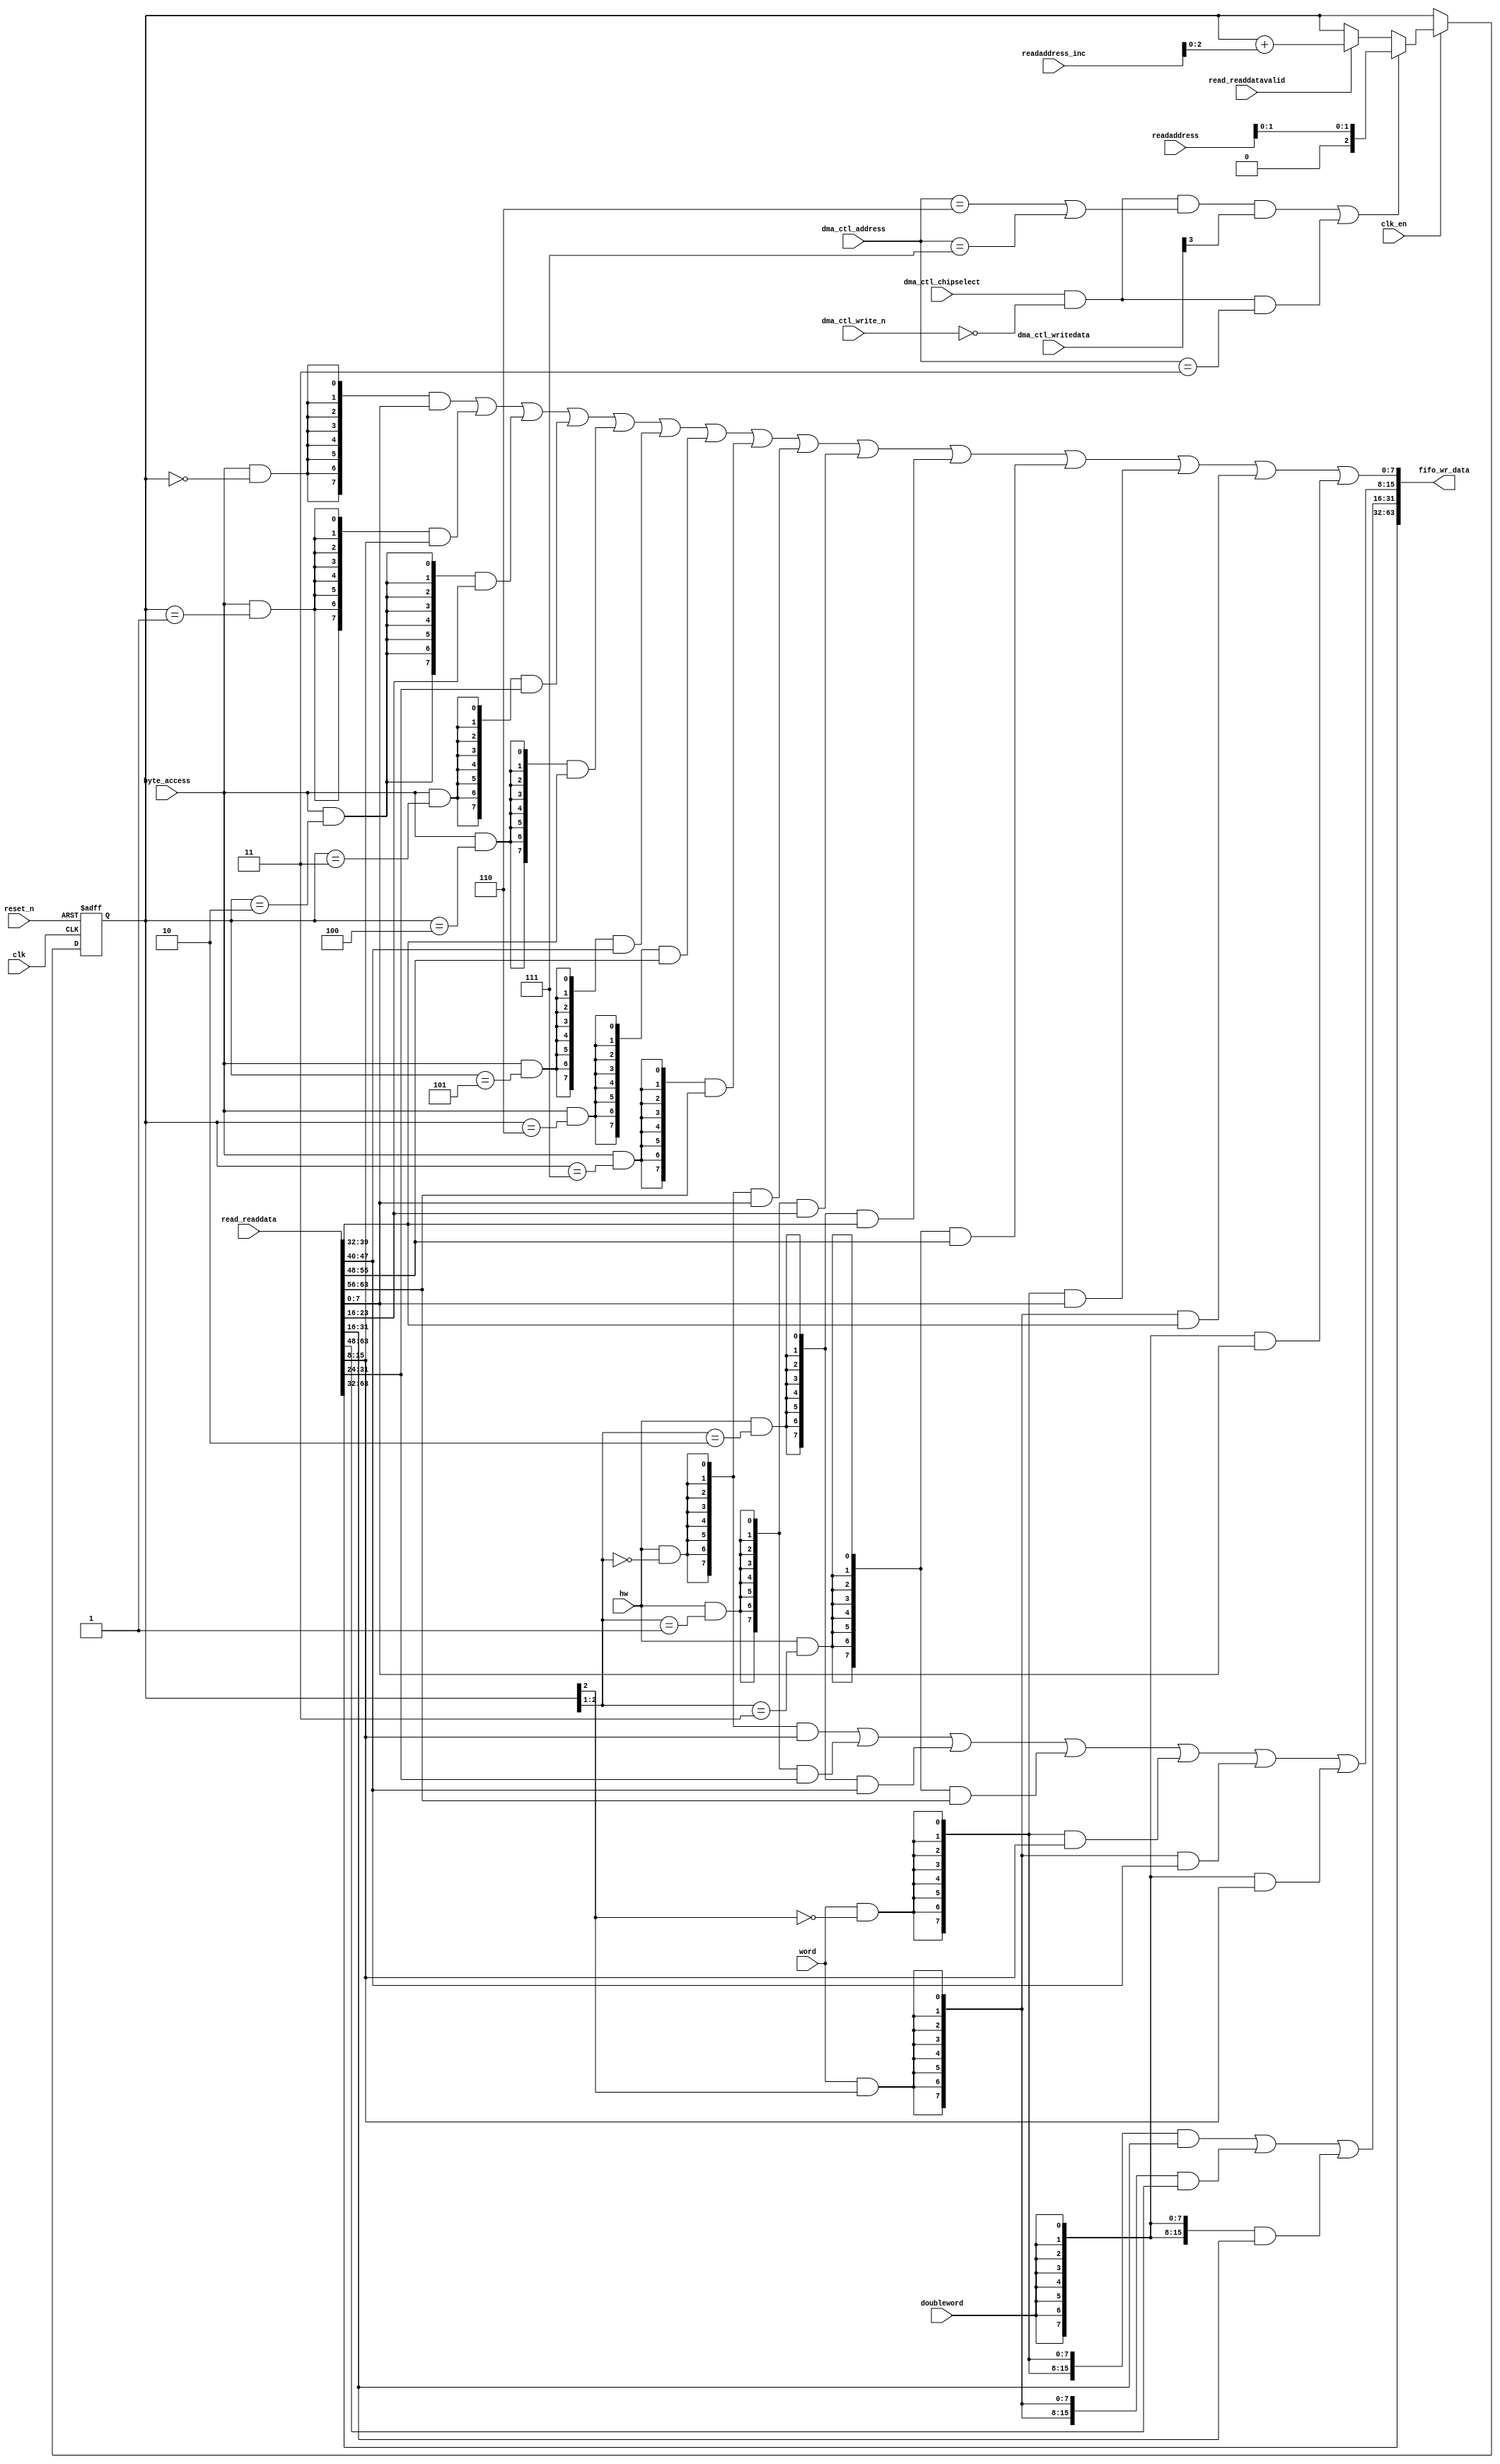
//Legal Notice: (C)2018 Altera Corporation. All rights reserved.  Your
//use of Altera Corporation's design tools, logic functions and other
//software and tools, and its AMPP partner logic functions, and any
//output files any of the foregoing (including device programming or
//simulation files), and any associated documentation or information are
//expressly subject to the terms and conditions of the Altera Program
//License Subscription Agreement or other applicable license agreement,
//including, without limitation, that your use is for the sole purpose
//of programming logic devices manufactured by Altera and sold by Altera
//or its authorized distributors.  Please refer to the applicable
//agreement for further details.

// synthesis translate_off
`timescale 1ns / 1ps
// synthesis translate_on

// turn off superfluous verilog processor warnings 
// altera message_level Level1 
// altera message_off 10034 10035 10036 10037 10230 10240 10030 

module ddr_dma_0_read_data_mux (
                                 // inputs:
                                  byte_access,
                                  clk,
                                  clk_en,
                                  dma_ctl_address,
                                  dma_ctl_chipselect,
                                  dma_ctl_write_n,
                                  dma_ctl_writedata,
                                  doubleword,
                                  hw,
                                  read_readdata,
                                  read_readdatavalid,
                                  readaddress,
                                  readaddress_inc,
                                  reset_n,
                                  word,

                                 // outputs:
                                  fifo_wr_data
                               )
;

  output  [ 63: 0] fifo_wr_data;
  input            byte_access;
  input            clk;
  input            clk_en;
  input   [  2: 0] dma_ctl_address;
  input            dma_ctl_chipselect;
  input            dma_ctl_write_n;
  input   [ 27: 0] dma_ctl_writedata;
  input            doubleword;
  input            hw;
  input   [ 63: 0] read_readdata;
  input            read_readdatavalid;
  input   [ 27: 0] readaddress;
  input   [  4: 0] readaddress_inc;
  input            reset_n;
  input            word;


wire             control_write;
wire    [ 63: 0] fifo_wr_data;
wire             length_write;
wire    [  2: 0] read_data_mux_input;
reg     [  2: 0] readdata_mux_select;
  assign control_write = dma_ctl_chipselect & ~dma_ctl_write_n & ((dma_ctl_address == 6) || (dma_ctl_address == 7));
  assign length_write = dma_ctl_chipselect & ~dma_ctl_write_n & (dma_ctl_address == 3);
  assign read_data_mux_input = ((control_write && dma_ctl_writedata[3] || length_write))? readaddress[1 : 0] :
    (read_readdatavalid)? (readdata_mux_select + readaddress_inc) :
    readdata_mux_select;

  // Reset value: the transaction size bits of the read address reset value.
  always @(posedge clk or negedge reset_n)
    begin
      if (reset_n == 0)
          readdata_mux_select <= 0;
      else if (clk_en)
          readdata_mux_select <= read_data_mux_input[2 : 0];
    end


  assign fifo_wr_data[63 : 32] = read_readdata[63 : 32];
  assign fifo_wr_data[31 : 16] = ({16 {(word & (readdata_mux_select[2] == 0))}} & read_readdata[31 : 16]) |
    ({16 {(word & (readdata_mux_select[2] == 1))}} & read_readdata[63 : 48]) |
    ({16 {doubleword}} & read_readdata[31 : 16]);

  assign fifo_wr_data[15 : 8] = ({8 {(hw & (readdata_mux_select[2 : 1] == 0))}} & read_readdata[15 : 8]) |
    ({8 {(hw & (readdata_mux_select[2 : 1] == 1))}} & read_readdata[31 : 24]) |
    ({8 {(hw & (readdata_mux_select[2 : 1] == 2))}} & read_readdata[47 : 40]) |
    ({8 {(hw & (readdata_mux_select[2 : 1] == 3))}} & read_readdata[63 : 56]) |
    ({8 {(word & (readdata_mux_select[2] == 0))}} & read_readdata[15 : 8]) |
    ({8 {(word & (readdata_mux_select[2] == 1))}} & read_readdata[47 : 40]) |
    ({8 {doubleword}} & read_readdata[15 : 8]);

  assign fifo_wr_data[7 : 0] = ({8 {(byte_access & (readdata_mux_select[2 : 0] == 0))}} & read_readdata[7 : 0]) |
    ({8 {(byte_access & (readdata_mux_select[2 : 0] == 1))}} & read_readdata[15 : 8]) |
    ({8 {(byte_access & (readdata_mux_select[2 : 0] == 2))}} & read_readdata[23 : 16]) |
    ({8 {(byte_access & (readdata_mux_select[2 : 0] == 3))}} & read_readdata[31 : 24]) |
    ({8 {(byte_access & (readdata_mux_select[2 : 0] == 4))}} & read_readdata[39 : 32]) |
    ({8 {(byte_access & (readdata_mux_select[2 : 0] == 5))}} & read_readdata[47 : 40]) |
    ({8 {(byte_access & (readdata_mux_select[2 : 0] == 6))}} & read_readdata[55 : 48]) |
    ({8 {(byte_access & (readdata_mux_select[2 : 0] == 7))}} & read_readdata[63 : 56]) |
    ({8 {(hw & (readdata_mux_select[2 : 1] == 0))}} & read_readdata[7 : 0]) |
    ({8 {(hw & (readdata_mux_select[2 : 1] == 1))}} & read_readdata[23 : 16]) |
    ({8 {(hw & (readdata_mux_select[2 : 1] == 2))}} & read_readdata[39 : 32]) |
    ({8 {(hw & (readdata_mux_select[2 : 1] == 3))}} & read_readdata[55 : 48]) |
    ({8 {(word & (readdata_mux_select[2] == 0))}} & read_readdata[7 : 0]) |
    ({8 {(word & (readdata_mux_select[2] == 1))}} & read_readdata[39 : 32]) |
    ({8 {doubleword}} & read_readdata[7 : 0]);


endmodule


// synthesis translate_off
`timescale 1ns / 1ps
// synthesis translate_on

// turn off superfluous verilog processor warnings 
// altera message_level Level1 
// altera message_off 10034 10035 10036 10037 10230 10240 10030 

module ddr_dma_0_byteenables (
                               // inputs:
                                byte_access,
                                doubleword,
                                hw,
                                word,
                                write_address,

                               // outputs:
                                write_byteenable
                             )
;

  output  [  7: 0] write_byteenable;
  input            byte_access;
  input            doubleword;
  input            hw;
  input            word;
  input   [ 26: 0] write_address;


wire             wa_2_is_0;
wire             wa_2_is_1;
wire             wa_2_to_0_is_0;
wire             wa_2_to_0_is_1;
wire             wa_2_to_0_is_2;
wire             wa_2_to_0_is_3;
wire             wa_2_to_0_is_4;
wire             wa_2_to_0_is_5;
wire             wa_2_to_0_is_6;
wire             wa_2_to_0_is_7;
wire             wa_2_to_1_is_0;
wire             wa_2_to_1_is_1;
wire             wa_2_to_1_is_2;
wire             wa_2_to_1_is_3;
wire    [  7: 0] write_byteenable;
  assign wa_2_to_0_is_7 = write_address[2 : 0] == 3'h7;
  assign wa_2_to_0_is_6 = write_address[2 : 0] == 3'h6;
  assign wa_2_to_0_is_5 = write_address[2 : 0] == 3'h5;
  assign wa_2_to_0_is_4 = write_address[2 : 0] == 3'h4;
  assign wa_2_to_0_is_3 = write_address[2 : 0] == 3'h3;
  assign wa_2_to_0_is_2 = write_address[2 : 0] == 3'h2;
  assign wa_2_to_0_is_1 = write_address[2 : 0] == 3'h1;
  assign wa_2_to_0_is_0 = write_address[2 : 0] == 3'h0;
  assign wa_2_to_1_is_3 = write_address[2 : 1] == 2'h3;
  assign wa_2_to_1_is_2 = write_address[2 : 1] == 2'h2;
  assign wa_2_to_1_is_1 = write_address[2 : 1] == 2'h1;
  assign wa_2_to_1_is_0 = write_address[2 : 1] == 2'h0;
  assign wa_2_is_1 = write_address[2] == 1'h1;
  assign wa_2_is_0 = write_address[2] == 1'h0;
  assign write_byteenable = ({8 {byte_access}} & {wa_2_to_0_is_7, wa_2_to_0_is_6, wa_2_to_0_is_5, wa_2_to_0_is_4, wa_2_to_0_is_3, wa_2_to_0_is_2, wa_2_to_0_is_1, wa_2_to_0_is_0}) |
    ({8 {hw}} & {wa_2_to_1_is_3, wa_2_to_1_is_3, wa_2_to_1_is_2, wa_2_to_1_is_2, wa_2_to_1_is_1, wa_2_to_1_is_1, wa_2_to_1_is_0, wa_2_to_1_is_0}) |
    ({8 {word}} & {wa_2_is_1, wa_2_is_1, wa_2_is_1, wa_2_is_1, wa_2_is_0, wa_2_is_0, wa_2_is_0, wa_2_is_0}) |
    ({8 {doubleword}} & 8'b11111111);


endmodule


// synthesis translate_off
`timescale 1ns / 1ps
// synthesis translate_on

// turn off superfluous verilog processor warnings 
// altera message_level Level1 
// altera message_off 10034 10035 10036 10037 10230 10240 10030 

module ddr_dma_0_fifo_module_fifo_ram_module (
                                               // inputs:
                                                clk,
                                                data,
                                                rdaddress,
                                                rdclken,
                                                reset_n,
                                                wraddress,
                                                wrclock,
                                                wren,

                                               // outputs:
                                                q
                                             )
;

  output  [ 63: 0] q;
  input            clk;
  input   [ 63: 0] data;
  input   [  6: 0] rdaddress;
  input            rdclken;
  input            reset_n;
  input   [  6: 0] wraddress;
  input            wrclock;
  input            wren;


reg     [ 63: 0] mem_array [127: 0];
wire    [ 63: 0] q;
reg     [  6: 0] read_address;

//synthesis translate_off
//////////////// SIMULATION-ONLY CONTENTS
  always @(posedge clk or negedge reset_n)
    begin
      if (reset_n == 0)
          read_address <= 0;
      else if (rdclken)
          read_address <= rdaddress;
    end


  // Data read is synchronized through latent_rdaddress.
  assign q = mem_array[read_address];

  always @(posedge wrclock)
    begin
      // Write data
      if (wren)
          mem_array[wraddress] <= data;
    end



//////////////// END SIMULATION-ONLY CONTENTS

//synthesis translate_on
//synthesis read_comments_as_HDL on
//  always @(rdaddress)
//    begin
//      read_address = rdaddress;
//    end
//
//
//  lpm_ram_dp lpm_ram_dp_component
//    (
//      .data (data),
//      .q (q),
//      .rdaddress (read_address),
//      .rdclken (rdclken),
//      .rdclock (clk),
//      .wraddress (wraddress),
//      .wrclock (wrclock),
//      .wren (wren)
//    );
//
//  defparam lpm_ram_dp_component.lpm_file = "UNUSED",
//           lpm_ram_dp_component.lpm_hint = "USE_EAB=ON",
//           lpm_ram_dp_component.lpm_indata = "REGISTERED",
//           lpm_ram_dp_component.lpm_outdata = "UNREGISTERED",
//           lpm_ram_dp_component.lpm_rdaddress_control = "REGISTERED",
//           lpm_ram_dp_component.lpm_width = 64,
//           lpm_ram_dp_component.lpm_widthad = 7,
//           lpm_ram_dp_component.lpm_wraddress_control = "REGISTERED",
//           lpm_ram_dp_component.suppress_memory_conversion_warnings = "ON";
//
//synthesis read_comments_as_HDL off

endmodule


// synthesis translate_off
`timescale 1ns / 1ps
// synthesis translate_on

// turn off superfluous verilog processor warnings 
// altera message_level Level1 
// altera message_off 10034 10035 10036 10037 10230 10240 10030 

module ddr_dma_0_fifo_module (
                               // inputs:
                                clk,
                                clk_en,
                                fifo_read,
                                fifo_wr_data,
                                fifo_write,
                                flush_fifo,
                                inc_pending_data,
                                reset_n,

                               // outputs:
                                fifo_datavalid,
                                fifo_empty,
                                fifo_rd_data,
                                p1_fifo_full
                             )
;

  output           fifo_datavalid;
  output           fifo_empty;
  output  [ 63: 0] fifo_rd_data;
  output           p1_fifo_full;
  input            clk;
  input            clk_en;
  input            fifo_read;
  input   [ 63: 0] fifo_wr_data;
  input            fifo_write;
  input            flush_fifo;
  input            inc_pending_data;
  input            reset_n;


wire    [  6: 0] estimated_rdaddress;
reg     [  6: 0] estimated_wraddress;
wire             fifo_datavalid;
wire             fifo_dec;
reg              fifo_empty;
reg              fifo_full;
wire             fifo_inc;
wire    [ 63: 0] fifo_ram_q;
wire    [ 63: 0] fifo_rd_data;
reg              last_write_collision;
reg     [ 63: 0] last_write_data;
wire    [  6: 0] p1_estimated_wraddress;
wire             p1_fifo_empty;
wire             p1_fifo_full;
wire    [  6: 0] p1_wraddress;
wire    [  6: 0] rdaddress;
reg     [  6: 0] rdaddress_reg;
reg     [  6: 0] wraddress;
wire             write_collision;
  assign p1_wraddress = (fifo_write)? wraddress - 1 :
    wraddress;

  always @(posedge clk or negedge reset_n)
    begin
      if (reset_n == 0)
          wraddress <= 0;
      else if (clk_en)
          if (flush_fifo)
              wraddress <= 0;
          else 
            wraddress <= p1_wraddress;
    end


  assign rdaddress = flush_fifo ? 0 : fifo_read ? (rdaddress_reg - 1) : rdaddress_reg;
  always @(posedge clk or negedge reset_n)
    begin
      if (reset_n == 0)
          rdaddress_reg <= 0;
      else 
        rdaddress_reg <= rdaddress;
    end


  assign fifo_datavalid = ~fifo_empty;
  assign fifo_inc = fifo_write & ~fifo_read;
  assign fifo_dec = fifo_read & ~fifo_write;
  assign estimated_rdaddress = rdaddress_reg - 1;
  assign p1_estimated_wraddress = (inc_pending_data)? estimated_wraddress - 1 :
    estimated_wraddress;

  always @(posedge clk or negedge reset_n)
    begin
      if (reset_n == 0)
          estimated_wraddress <= {7 {1'b1}};
      else if (clk_en)
          if (flush_fifo)
              estimated_wraddress <= {7 {1'b1}};
          else 
            estimated_wraddress <= p1_estimated_wraddress;
    end


  assign p1_fifo_empty = flush_fifo  | ((~fifo_inc & fifo_empty) | (fifo_dec & (wraddress == estimated_rdaddress)));
  always @(posedge clk or negedge reset_n)
    begin
      if (reset_n == 0)
          fifo_empty <= 1;
      else if (clk_en)
          fifo_empty <= p1_fifo_empty;
    end


  assign p1_fifo_full = ~flush_fifo & ((~fifo_dec & fifo_full)  | (inc_pending_data & (estimated_wraddress == rdaddress)));
  always @(posedge clk or negedge reset_n)
    begin
      if (reset_n == 0)
          fifo_full <= 0;
      else if (clk_en)
          fifo_full <= p1_fifo_full;
    end


  assign write_collision = fifo_write && (wraddress == rdaddress);
  always @(posedge clk or negedge reset_n)
    begin
      if (reset_n == 0)
          last_write_data <= 0;
      else if (write_collision)
          last_write_data <= fifo_wr_data;
    end


  always @(posedge clk or negedge reset_n)
    begin
      if (reset_n == 0)
          last_write_collision <= 0;
      else if (write_collision)
          last_write_collision <= -1;
      else if (fifo_read)
          last_write_collision <= 0;
    end


  assign fifo_rd_data = last_write_collision ? last_write_data : fifo_ram_q;
  //ddr_dma_0_fifo_module_fifo_ram, which is an e_ram
  ddr_dma_0_fifo_module_fifo_ram_module ddr_dma_0_fifo_module_fifo_ram
    (
      .clk       (clk),
      .data      (fifo_wr_data),
      .q         (fifo_ram_q),
      .rdaddress (rdaddress),
      .rdclken   (1'b1),
      .reset_n   (reset_n),
      .wraddress (wraddress),
      .wrclock   (clk),
      .wren      (fifo_write)
    );


endmodule


// synthesis translate_off
`timescale 1ns / 1ps
// synthesis translate_on

// turn off superfluous verilog processor warnings 
// altera message_level Level1 
// altera message_off 10034 10035 10036 10037 10230 10240 10030 

module ddr_dma_0_mem_read (
                            // inputs:
                             clk,
                             clk_en,
                             go,
                             p1_done_read,
                             p1_fifo_full,
                             read_waitrequest,
                             reset_n,

                            // outputs:
                             inc_read,
                             mem_read_n
                          )
;

  output           inc_read;
  output           mem_read_n;
  input            clk;
  input            clk_en;
  input            go;
  input            p1_done_read;
  input            p1_fifo_full;
  input            read_waitrequest;
  input            reset_n;


reg              ddr_dma_0_mem_read_access;
reg              ddr_dma_0_mem_read_idle;
wire             inc_read;
wire             mem_read_n;
wire             p1_read_select;
reg              read_select;
  assign mem_read_n = ~read_select;
  always @(posedge clk or negedge reset_n)
    begin
      if (reset_n == 0)
          read_select <= 0;
      else if (clk_en)
          read_select <= p1_read_select;
    end


  assign inc_read = read_select & ~read_waitrequest;
  // Transitions into state 'idle'.
  always @(posedge clk or negedge reset_n)
    begin
      if (reset_n == 0)
          ddr_dma_0_mem_read_idle <= 1;
      else if (clk_en)
          ddr_dma_0_mem_read_idle <= ((ddr_dma_0_mem_read_idle == 1) & (go == 0)) |
                    ((ddr_dma_0_mem_read_idle == 1) & (p1_done_read == 1)) |
                    ((ddr_dma_0_mem_read_idle == 1) & (p1_fifo_full == 1)) |
                    ((ddr_dma_0_mem_read_access == 1) & (p1_fifo_full == 1) & (read_waitrequest == 0)) |
                    ((ddr_dma_0_mem_read_access == 1) & (p1_done_read == 1) & (read_waitrequest == 0));

    end


  // Transitions into state 'access'.
  always @(posedge clk or negedge reset_n)
    begin
      if (reset_n == 0)
          ddr_dma_0_mem_read_access <= 0;
      else if (clk_en)
          ddr_dma_0_mem_read_access <= ((ddr_dma_0_mem_read_idle == 1) & (p1_fifo_full == 0) & (p1_done_read == 0) & (go == 1)) |
                    ((ddr_dma_0_mem_read_access == 1) & (read_waitrequest == 1)) |
                    ((ddr_dma_0_mem_read_access == 1) & (p1_fifo_full == 0) & (p1_done_read == 0) & (read_waitrequest == 0));

    end


  assign p1_read_select = ({1 {((ddr_dma_0_mem_read_access && (read_waitrequest == 1)))}} & 1) |
    ({1 {((ddr_dma_0_mem_read_access && (p1_done_read == 0) && (p1_fifo_full == 0) && (read_waitrequest == 0)))}} & 1) |
    ({1 {((ddr_dma_0_mem_read_idle && (go == 1) && (p1_done_read == 0) && (p1_fifo_full == 0)))}} & 1);


endmodule


// synthesis translate_off
`timescale 1ns / 1ps
// synthesis translate_on

// turn off superfluous verilog processor warnings 
// altera message_level Level1 
// altera message_off 10034 10035 10036 10037 10230 10240 10030 

module ddr_dma_0_mem_write (
                             // inputs:
                              d1_enabled_write_endofpacket,
                              fifo_datavalid,
                              write_waitrequest,

                             // outputs:
                              fifo_read,
                              inc_write,
                              mem_write_n,
                              write_select
                           )
;

  output           fifo_read;
  output           inc_write;
  output           mem_write_n;
  output           write_select;
  input            d1_enabled_write_endofpacket;
  input            fifo_datavalid;
  input            write_waitrequest;


wire             fifo_read;
wire             inc_write;
wire             mem_write_n;
wire             write_select;
  assign write_select = fifo_datavalid & ~d1_enabled_write_endofpacket;
  assign mem_write_n = ~write_select;
  assign fifo_read = write_select & ~write_waitrequest;
  assign inc_write = fifo_read;

endmodule


// synthesis translate_off
`timescale 1ns / 1ps
// synthesis translate_on

// turn off superfluous verilog processor warnings 
// altera message_level Level1 
// altera message_off 10034 10035 10036 10037 10230 10240 10030 

//DMA peripheral ddr_dma_0
//Read slaves:
//onchip_memory2_0.s1; 
//Write slaves:
//mem_if_ddr3_emif_0.avl; 


module ddr_dma_0 (
                   // inputs:
                    clk,
                    dma_ctl_address,
                    dma_ctl_chipselect,
                    dma_ctl_write_n,
                    dma_ctl_writedata,
                    read_readdata,
                    read_readdatavalid,
                    read_waitrequest,
                    system_reset_n,
                    write_waitrequest,

                   // outputs:
                    dma_ctl_irq,
                    dma_ctl_readdata,
                    read_address,
                    read_burstcount,
                    read_chipselect,
                    read_read_n,
                    write_address,
                    write_burstcount,
                    write_byteenable,
                    write_chipselect,
                    write_write_n,
                    write_writedata
                 )
  /* synthesis ALTERA_ATTRIBUTE = "SUPPRESS_DA_RULE_INTERNAL=\"R101\"" */ ;

  output           dma_ctl_irq;
  output  [ 27: 0] dma_ctl_readdata;
  output  [ 27: 0] read_address;
  output  [  7: 0] read_burstcount;
  output           read_chipselect;
  output           read_read_n;
  output  [ 26: 0] write_address;
  output  [  7: 0] write_burstcount;
  output  [  7: 0] write_byteenable;
  output           write_chipselect;
  output           write_write_n;
  output  [ 63: 0] write_writedata;
  input            clk;
  input   [  2: 0] dma_ctl_address;
  input            dma_ctl_chipselect;
  input            dma_ctl_write_n;
  input   [ 27: 0] dma_ctl_writedata;
  input   [ 63: 0] read_readdata;
  input            read_readdatavalid;
  input            read_waitrequest;
  input            system_reset_n;
  input            write_waitrequest;


reg              burst_read_waitrequest_s1;
reg     [  7: 0] burstcount;
reg     [  7: 0] burstcount_update;
wire             busy;
wire             byte_access;
wire             clk_en;
reg     [ 12: 0] control;
reg              d1_done_transaction;
reg              d1_enabled_write_endofpacket;
reg              d1_read_got_endofpacket;
reg              d1_softwarereset;
wire             dma_ctl_irq;
reg     [ 27: 0] dma_ctl_readdata;
reg              done;
wire             done_transaction;
reg              done_write;
wire             doubleword;
wire             enabled_write_endofpacket;
wire             fifo_datavalid;
wire             fifo_empty;
wire    [ 63: 0] fifo_rd_data;
wire    [ 63: 0] fifo_rd_data_as_byte_access;
wire    [ 63: 0] fifo_rd_data_as_doubleword;
wire    [ 63: 0] fifo_rd_data_as_hw;
wire    [ 63: 0] fifo_rd_data_as_word;
wire             fifo_read;
wire    [ 63: 0] fifo_wr_data;
wire             fifo_write;
wire             fifo_write_data_valid;
wire             flush_fifo;
wire             go;
wire             hw;
wire             i_en;
wire             inc_read;
wire             inc_write;
wire             leen;
reg              len;
reg     [ 26: 0] length;
reg              length_eq_0;
wire             length_register_write;
wire             mem_read_n;
wire             mem_write_n;
wire    [ 12: 0] p1_control;
wire    [ 27: 0] p1_dma_ctl_readdata;
wire             p1_done_read;
wire             p1_done_write;
wire             p1_fifo_full;
wire    [ 26: 0] p1_length;
wire             p1_length_eq_0;
wire             p1_read_got_endofpacket;
wire    [ 27: 0] p1_readaddress;
wire             p1_write_got_endofpacket;
wire    [ 26: 0] p1_writeaddress;
wire    [ 26: 0] p1_writelength;
wire             p1_writelength_eq_0;
wire             quadword;
wire             rcon;
wire    [ 27: 0] read_address;
wire    [  7: 0] read_burstcount;
wire             read_chipselect;
wire             read_endofpacket;
reg              read_got_endofpacket;
wire             read_read_n;
reg              read_waitrequest_s1;
reg     [ 27: 0] readaddress;
wire    [  4: 0] readaddress_inc;
wire             reen;
reg              reop;
reg              reset_n;
wire             set_software_reset_bit;
reg              software_reset_request;
wire             softwarereset;
wire    [  4: 0] status;
wire             status_register_write;
wire             wcon;
wire             ween;
reg              weop;
wire             word;
wire    [ 26: 0] write_address;
wire    [  7: 0] write_burstcount;
wire    [  7: 0] write_byteenable;
wire             write_chipselect;
wire             write_endofpacket;
reg              write_got_endofpacket;
wire             write_select;
wire             write_write_n;
wire    [ 63: 0] write_writedata;
reg     [ 26: 0] writeaddress;
wire    [  4: 0] writeaddress_inc;
reg     [ 26: 0] writelength;
reg              writelength_eq_0;
  assign clk_en = 1;
  //control_port_slave, which is an e_avalon_slave
  //read_master, which is an e_avalon_master
  ddr_dma_0_read_data_mux the_ddr_dma_0_read_data_mux
    (
      .byte_access        (byte_access),
      .clk                (clk),
      .clk_en             (clk_en),
      .dma_ctl_address    (dma_ctl_address),
      .dma_ctl_chipselect (dma_ctl_chipselect),
      .dma_ctl_write_n    (dma_ctl_write_n),
      .dma_ctl_writedata  (dma_ctl_writedata),
      .doubleword         (doubleword),
      .fifo_wr_data       (fifo_wr_data),
      .hw                 (hw),
      .read_readdata      (read_readdata),
      .read_readdatavalid (read_readdatavalid),
      .readaddress        (readaddress),
      .readaddress_inc    (readaddress_inc),
      .reset_n            (reset_n),
      .word               (word)
    );

  //write_master, which is an e_avalon_master
  ddr_dma_0_byteenables the_ddr_dma_0_byteenables
    (
      .byte_access      (byte_access),
      .doubleword       (doubleword),
      .hw               (hw),
      .word             (word),
      .write_address    (write_address),
      .write_byteenable (write_byteenable)
    );

  assign length_register_write = dma_ctl_chipselect & ~dma_ctl_write_n & (dma_ctl_address == 3);
  always @(posedge clk or negedge reset_n)
    begin
      if (reset_n == 0)
          burstcount_update <= 1;
      else if (length_register_write)
          burstcount_update <= dma_ctl_writedata >> 3;
    end


  always @(posedge clk or negedge reset_n)
    begin
      if (reset_n == 0)
          burstcount <= 1;
      else if (~busy)
          burstcount <= burstcount_update;
    end


  assign read_burstcount = burstcount;
  assign write_burstcount = burstcount;
  //read burst request cycle
  always @(posedge clk or negedge reset_n)
    begin
      if (reset_n == 0)
          burst_read_waitrequest_s1 <= 0;
      else if (clk_en)
          burst_read_waitrequest_s1 <= ~mem_read_n;
    end


  always @(posedge clk or negedge reset_n)
    begin
      if (reset_n == 0)
          read_waitrequest_s1 <= 0;
      else if (clk_en)
          read_waitrequest_s1 <= read_waitrequest;
    end


  assign read_read_n = (~read_waitrequest_s1 & burst_read_waitrequest_s1) || mem_read_n;
  assign status_register_write = dma_ctl_chipselect & ~dma_ctl_write_n & (dma_ctl_address == 0);
  // read address
  always @(posedge clk or negedge reset_n)
    begin
      if (reset_n == 0)
          readaddress <= 28'h0;
      else if (clk_en)
          readaddress <= p1_readaddress;
    end


  assign p1_readaddress = ((dma_ctl_chipselect & ~dma_ctl_write_n & (dma_ctl_address == 1)))? dma_ctl_writedata :
    (inc_read)? (readaddress + readaddress_inc) :
    readaddress;

  // write address
  always @(posedge clk or negedge reset_n)
    begin
      if (reset_n == 0)
          writeaddress <= 27'h0;
      else if (clk_en)
          writeaddress <= p1_writeaddress;
    end


  assign p1_writeaddress = ((dma_ctl_chipselect & ~dma_ctl_write_n & (dma_ctl_address == 2)))? dma_ctl_writedata :
    (inc_write)? (writeaddress + writeaddress_inc) :
    writeaddress;

  // length in bytes
  always @(posedge clk or negedge reset_n)
    begin
      if (reset_n == 0)
          length <= 27'h0;
      else if (clk_en)
          length <= p1_length;
    end


  assign p1_length = ((dma_ctl_chipselect & ~dma_ctl_write_n & (dma_ctl_address == 3)))? dma_ctl_writedata :
    ((inc_read && (!length_eq_0)))? length - length :
    length;

  // control register
  always @(posedge clk or negedge reset_n)
    begin
      if (reset_n == 0)
          control <= 13'h84;
      else if (clk_en)
          control <= p1_control;
    end


  assign p1_control = ((dma_ctl_chipselect & ~dma_ctl_write_n & ((dma_ctl_address == 6) || (dma_ctl_address == 7))))? dma_ctl_writedata :
    control;

  // write master length
  always @(posedge clk or negedge reset_n)
    begin
      if (reset_n == 0)
          writelength <= 27'h0;
      else if (clk_en)
          writelength <= p1_writelength;
    end


  assign p1_writelength = ((dma_ctl_chipselect & ~dma_ctl_write_n & (dma_ctl_address == 3)))? dma_ctl_writedata :
    ((inc_write && (!writelength_eq_0)))? writelength - {1'b0,
    doubleword,
    word,
    hw,
    byte_access} :
    writelength;

  assign p1_writelength_eq_0 = inc_write && (!writelength_eq_0) && ((writelength  - {1'b0,
    doubleword,
    word,
    hw,
    byte_access}) == 0);

  assign p1_length_eq_0 = inc_read && (!length_eq_0) && ((length  - length) == 0);
  always @(posedge clk or negedge reset_n)
    begin
      if (reset_n == 0)
          length_eq_0 <= 1;
      else if (clk_en)
          if (dma_ctl_chipselect & ~dma_ctl_write_n & (dma_ctl_address == 3))
              length_eq_0 <= 0;
          else if (p1_length_eq_0)
              length_eq_0 <= -1;
    end


  always @(posedge clk or negedge reset_n)
    begin
      if (reset_n == 0)
          writelength_eq_0 <= 1;
      else if (clk_en)
          if (dma_ctl_chipselect & ~dma_ctl_write_n & (dma_ctl_address == 3))
              writelength_eq_0 <= 0;
          else if (p1_writelength_eq_0)
              writelength_eq_0 <= -1;
    end


  assign writeaddress_inc = (wcon)? 0 :
    (1)? 0 :
    {1'b0,
    doubleword,
    word,
    hw,
    byte_access};

  assign readaddress_inc = (rcon)? 0 :
    (1)? 0 :
    {1'b0,
    doubleword,
    word,
    hw,
    byte_access};

  assign p1_dma_ctl_readdata = ({28 {(dma_ctl_address == 0)}} & status) |
    ({28 {(dma_ctl_address == 1)}} & readaddress) |
    ({28 {(dma_ctl_address == 2)}} & writeaddress) |
    ({28 {(dma_ctl_address == 3)}} & writelength) |
    ({28 {(dma_ctl_address == 6)}} & control);

  always @(posedge clk or negedge reset_n)
    begin
      if (reset_n == 0)
          dma_ctl_readdata <= 0;
      else if (clk_en)
          dma_ctl_readdata <= p1_dma_ctl_readdata;
    end


  assign done_transaction = go & done_write;
  always @(posedge clk or negedge reset_n)
    begin
      if (reset_n == 0)
          done <= 0;
      else if (clk_en)
          if (status_register_write)
              done <= 0;
          else if (done_transaction & ~d1_done_transaction)
              done <= -1;
    end


  always @(posedge clk or negedge reset_n)
    begin
      if (reset_n == 0)
          d1_done_transaction <= 0;
      else if (clk_en)
          d1_done_transaction <= done_transaction;
    end


  assign busy = go & ~done_write;
  assign status[0] = done;
  assign status[1] = busy;
  assign status[2] = reop;
  assign status[3] = weop;
  assign status[4] = len;
  assign byte_access = control[0];
  assign hw = control[1];
  assign word = control[2];
  assign go = control[3];
  assign i_en = control[4];
  assign reen = 1'b0;
  assign ween = 1'b0;
  assign leen = control[7];
  assign rcon = control[8];
  assign wcon = control[9];
  assign doubleword = control[10];
  assign quadword = control[11];
  assign softwarereset = control[12];
  assign dma_ctl_irq = i_en & done;
  assign p1_read_got_endofpacket = ~status_register_write && (read_got_endofpacket || (read_endofpacket & reen));
  assign p1_write_got_endofpacket = ~status_register_write && (write_got_endofpacket || (inc_write & write_endofpacket & ween));
  always @(posedge clk or negedge reset_n)
    begin
      if (reset_n == 0)
          read_got_endofpacket <= 0;
      else if (clk_en)
          read_got_endofpacket <= p1_read_got_endofpacket;
    end


  always @(posedge clk or negedge reset_n)
    begin
      if (reset_n == 0)
          write_got_endofpacket <= 0;
      else if (clk_en)
          write_got_endofpacket <= p1_write_got_endofpacket;
    end


  assign flush_fifo = ~d1_done_transaction & done_transaction;
  ddr_dma_0_fifo_module the_ddr_dma_0_fifo_module
    (
      .clk              (clk),
      .clk_en           (clk_en),
      .fifo_datavalid   (fifo_datavalid),
      .fifo_empty       (fifo_empty),
      .fifo_rd_data     (fifo_rd_data),
      .fifo_read        (fifo_read),
      .fifo_wr_data     (fifo_wr_data),
      .fifo_write       (fifo_write),
      .flush_fifo       (flush_fifo),
      .inc_pending_data (inc_read),
      .p1_fifo_full     (p1_fifo_full),
      .reset_n          (reset_n)
    );

  //the_ddr_dma_0_mem_read, which is an e_instance
  ddr_dma_0_mem_read the_ddr_dma_0_mem_read
    (
      .clk              (clk),
      .clk_en           (clk_en),
      .go               (go),
      .inc_read         (inc_read),
      .mem_read_n       (mem_read_n),
      .p1_done_read     (p1_done_read),
      .p1_fifo_full     (p1_fifo_full),
      .read_waitrequest (read_waitrequest),
      .reset_n          (reset_n)
    );

  assign fifo_write = fifo_write_data_valid;
  assign enabled_write_endofpacket = write_endofpacket & ween;
  always @(posedge clk or negedge reset_n)
    begin
      if (reset_n == 0)
          d1_enabled_write_endofpacket <= 0;
      else if (clk_en)
          d1_enabled_write_endofpacket <= enabled_write_endofpacket;
    end


  ddr_dma_0_mem_write the_ddr_dma_0_mem_write
    (
      .d1_enabled_write_endofpacket (d1_enabled_write_endofpacket),
      .fifo_datavalid               (fifo_datavalid),
      .fifo_read                    (fifo_read),
      .inc_write                    (inc_write),
      .mem_write_n                  (mem_write_n),
      .write_select                 (write_select),
      .write_waitrequest            (write_waitrequest)
    );

  assign p1_done_read = (leen && (p1_length_eq_0 || (length_eq_0))) | p1_read_got_endofpacket | p1_done_write;
  always @(posedge clk or negedge reset_n)
    begin
      if (reset_n == 0)
          len <= 0;
      else if (clk_en)
          if (status_register_write)
              len <= 0;
          else if (~d1_done_transaction & done_transaction && (writelength_eq_0))
              len <= -1;
    end


  always @(posedge clk or negedge reset_n)
    begin
      if (reset_n == 0)
          reop <= 0;
      else if (clk_en)
          if (status_register_write)
              reop <= 0;
          else if (fifo_empty & read_got_endofpacket & d1_read_got_endofpacket)
              reop <= -1;
    end


  always @(posedge clk or negedge reset_n)
    begin
      if (reset_n == 0)
          weop <= 0;
      else if (clk_en)
          if (status_register_write)
              weop <= 0;
          else if (write_got_endofpacket)
              weop <= -1;
    end


  assign p1_done_write = (leen && (p1_writelength_eq_0 || writelength_eq_0)) | p1_write_got_endofpacket | fifo_empty & d1_read_got_endofpacket;
  always @(posedge clk or negedge reset_n)
    begin
      if (reset_n == 0)
          d1_read_got_endofpacket <= 0;
      else if (clk_en)
          d1_read_got_endofpacket <= read_got_endofpacket;
    end


  // Write has completed when the length goes to 0, or
  //the write source said end-of-packet, or
  //the read source said end-of-packet and the fifo has emptied.
  always @(posedge clk or negedge reset_n)
    begin
      if (reset_n == 0)
          done_write <= 0;
      else if (clk_en)
          done_write <= p1_done_write;
    end


  assign read_address = readaddress;
  assign write_address = writeaddress;
  assign write_chipselect = write_select;
  assign read_chipselect = ~read_read_n;
  assign write_write_n = mem_write_n;
  assign fifo_rd_data_as_byte_access = {fifo_rd_data[7 : 0],
    fifo_rd_data[7 : 0],
    fifo_rd_data[7 : 0],
    fifo_rd_data[7 : 0],
    fifo_rd_data[7 : 0],
    fifo_rd_data[7 : 0],
    fifo_rd_data[7 : 0],
    fifo_rd_data[7 : 0]};

  assign fifo_rd_data_as_hw = {fifo_rd_data[15 : 0],
    fifo_rd_data[15 : 0],
    fifo_rd_data[15 : 0],
    fifo_rd_data[15 : 0]};

  assign fifo_rd_data_as_word = {fifo_rd_data[31 : 0],
    fifo_rd_data[31 : 0]};

  assign fifo_rd_data_as_doubleword = fifo_rd_data[63 : 0];
  assign write_writedata = ({64 {byte_access}} & fifo_rd_data_as_byte_access) |
    ({64 {hw}} & fifo_rd_data_as_hw) |
    ({64 {word}} & fifo_rd_data_as_word) |
    ({64 {doubleword}} & fifo_rd_data_as_doubleword);

  assign fifo_write_data_valid = read_readdatavalid;
  assign set_software_reset_bit = ((dma_ctl_chipselect & ~dma_ctl_write_n & ((dma_ctl_address == 6) || (dma_ctl_address == 7)))) & (dma_ctl_address != 7) & dma_ctl_writedata[12];
  always @(posedge clk or negedge system_reset_n)
    begin
      if (system_reset_n == 0)
          d1_softwarereset <= 0;
      else if (set_software_reset_bit | software_reset_request)
          d1_softwarereset <= softwarereset & ~software_reset_request;
    end


  always @(posedge clk or negedge system_reset_n)
    begin
      if (system_reset_n == 0)
          software_reset_request <= 0;
      else if (set_software_reset_bit | software_reset_request)
          software_reset_request <= d1_softwarereset & ~software_reset_request;
    end


  always @(posedge clk or negedge system_reset_n)
    begin
      if (system_reset_n == 0)
          reset_n <= 0;
      else 
        reset_n <= ~(~system_reset_n | software_reset_request);
    end


  assign read_endofpacket = 0;
  assign write_endofpacket = 0;

endmodule